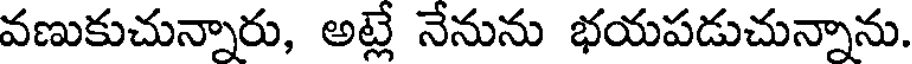
వణుకుచున్నారు, అట్లే నేనును భయపడుచున్నాను.